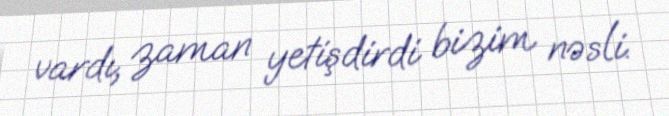
vardı, zaman yetişdirdi bizim nəsli.